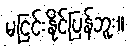
မငြင်းနိုင်ပြန်ဘူး။